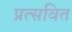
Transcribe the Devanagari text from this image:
प्रत्सवित